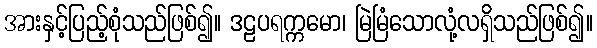
အားနှင့်ပြည့်စုံသည်ဖြစ်၍။ ဒဠပရက္ကမော၊ မြဲမြံသောလုံ့လရှိသည်ဖြစ်၍။